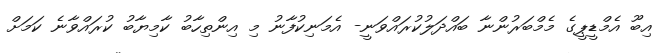
އިބޫ އެމްޑީޕީގެ މެމްބަރުންނާ ބައްދަލުކުރައްވަނީ- އެމަނިކުފާނު މި އިންތިހާބު ކާމިޔާބު ކުރައްވާނެ ކަމަށް